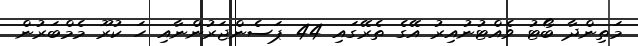
މަތިންދާ ބޯޓު ވެއްޓުނުއިރު އޭގެ ތެރޭގައި 44 ޕަސެންޖަރުންނާއި ހަ ކުރޫ މެމްބަރުން